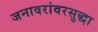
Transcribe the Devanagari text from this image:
जनावरांवरसुद्धा